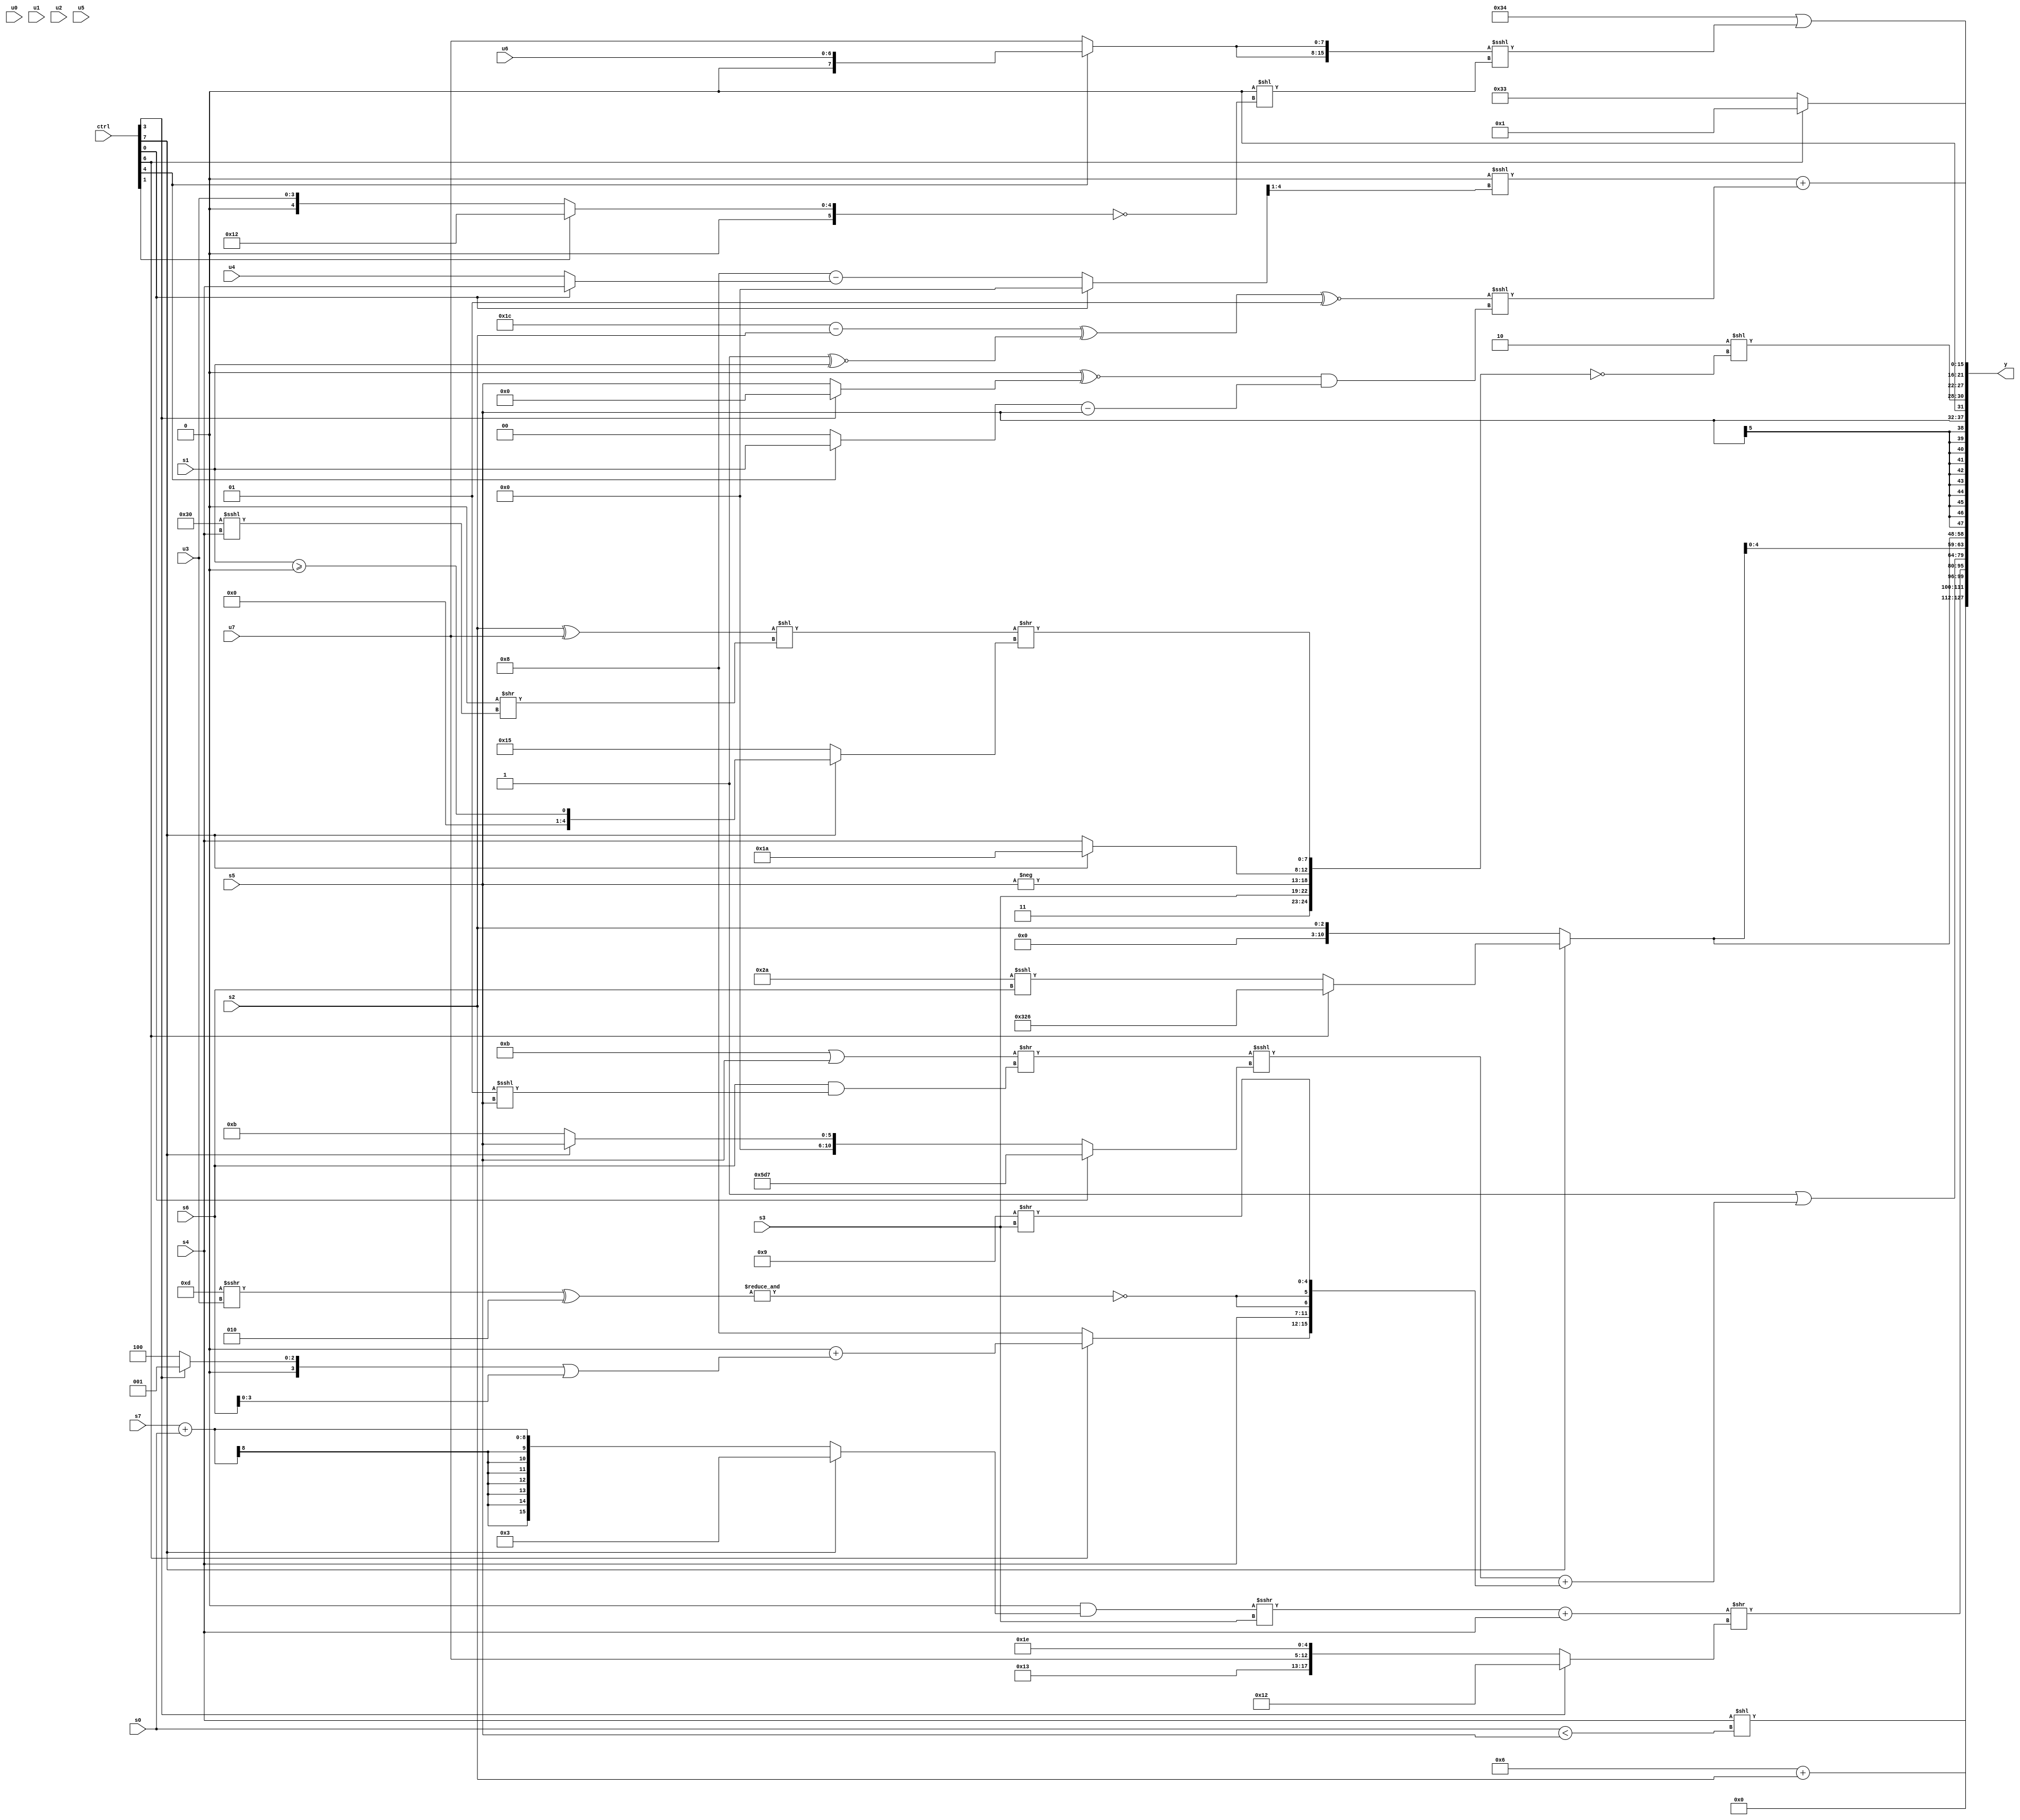
module wideexpr_00869(ctrl, u0, u1, u2, u3, u4, u5, u6, u7, s0, s1, s2, s3, s4, s5, s6, s7, y);
  input [7:0] ctrl;
  input [0:0] u0;
  input [1:0] u1;
  input [2:0] u2;
  input [3:0] u3;
  input [4:0] u4;
  input [5:0] u5;
  input [6:0] u6;
  input [7:0] u7;
  input signed [0:0] s0;
  input signed [1:0] s1;
  input signed [2:0] s2;
  input signed [3:0] s3;
  input signed [4:0] s4;
  input signed [5:0] s5;
  input signed [6:0] s6;
  input signed [7:0] s7;
  output [127:0] y;
  wire [15:0] y0;
  wire [15:0] y1;
  wire [15:0] y2;
  wire [15:0] y3;
  wire [15:0] y4;
  wire [15:0] y5;
  wire [15:0] y6;
  wire [15:0] y7;
  assign y = {y0,y1,y2,y3,y4,y5,y6,y7};
  assign y0 = (s4)<<((s0)<(s5));
  assign y1 = $unsigned($signed((4'sb0110)+(s2)));
  assign y2 = ((((1'sb0)&((ctrl[7]?+(4'sb0011):(s7)+(s0))))>>>(+(s3)))+(s4))>>((ctrl[3]?+($signed($signed(5'sb10010))):+({4'sb1001,{{1{1'sb1}},u7,1'b1},4'sb1110})));
  assign y3 = +((^((4'b1101)+(3'b101)))|(({(($signed((5'sb01011)|(s5)))>>((+(s6))&((2'sb01)<<<(s5))))<<<($unsigned((ctrl[0]?{2{6'sb010111}}:(ctrl[7]?s5:6'sb001011))))})+({(ctrl[6]?((s7)>>(6'sb001010))+(((ctrl[3]?5'sb10001:5'sb10100))|($signed(s6))):5'sb11000),s4,{2{~&(((5'sb01101)>>>(u3))^(3'sb010))}},($unsigned(5'sb01001))>>(s3)})));
  assign y4 = +({$signed(({4'sb1001,(ctrl[5]?$signed(5'b00001):+(5'sb11011)),($signed(4'b1111))<<<((s1)>(s3)),(ctrl[2]?(4'sb0111)<<<(5'sb11101):+(1'b0))})>=({(ctrl[6]?(s4)>=(s3):{s5,s3,2'sb01,3'b000})})),$signed({3{(ctrl[7]?(ctrl[6]?{5'sb01100,6'sb100110}:(6'sb101010)<<<(s6)):$signed(+(s2)))}})});
  assign y5 = +(s5);
  assign y6 = {(~(3'sb001))<<($unsigned(~({5'sb00011,{s3,-(s5)},$signed((ctrl[7]?4'sb1010:+(s4))),(((s2)^(u7))<<((!(5'b00100))>>((6'b110000)<<<(s4))))>>(+((ctrl[7]?(s1)>=(2'sb00):(5'sb01110)+(4'sb0111))))}))),(ctrl[6]?~^(4'sb0110):6'b110011),+(($signed((2'sb00)<<<(((ctrl[0]?{2{!(3'sb110)}}:(4'b1000)-((ctrl[0]?s4:u4))))>>(~&(5'sb10100)))))+($signed($signed(((((6'sb011100)-(s2))^((2'sb11)^~(s1)))^~(2'sb01))<<<((((s6)<<<(5'sb10111))^~((ctrl[3]?2'sb00:s5)))&(((ctrl[4]?s1:2'sb00))-(s5)))))))};
  assign y7 = ($signed(6'sb110100))|(({2{{(ctrl[4]?u6:u7)}}})<<<((1'sb0)<<(((u0)>>(2'sb11))==((ctrl[1]?6'sb010010:u3)))));
endmodule